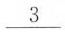
\underline{3}